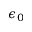
\epsilon _ { 0 }